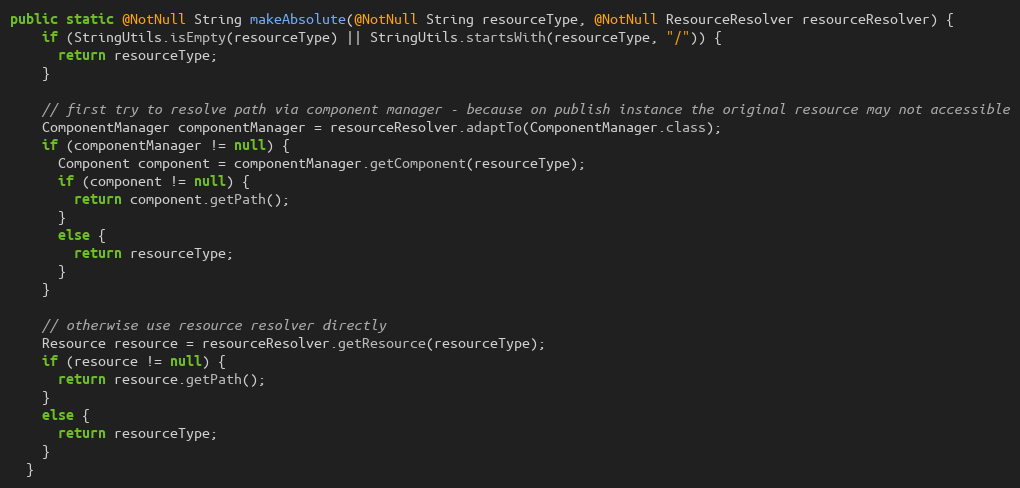
Language: Java
public static @NotNull String makeAbsolute(@NotNull String resourceType, @NotNull ResourceResolver resourceResolver) {
    if (StringUtils.isEmpty(resourceType) || StringUtils.startsWith(resourceType, "/")) {
      return resourceType;
    }

    // first try to resolve path via component manager - because on publish instance the original resource may not accessible
    ComponentManager componentManager = resourceResolver.adaptTo(ComponentManager.class);
    if (componentManager != null) {
      Component component = componentManager.getComponent(resourceType);
      if (component != null) {
        return component.getPath();
      }
      else {
        return resourceType;
      }
    }

    // otherwise use resource resolver directly
    Resource resource = resourceResolver.getResource(resourceType);
    if (resource != null) {
      return resource.getPath();
    }
    else {
      return resourceType;
    }
  }